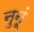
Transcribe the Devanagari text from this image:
नुनूं